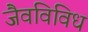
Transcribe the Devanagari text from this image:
जैवविविध